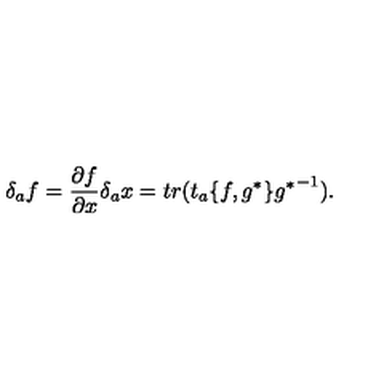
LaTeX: \delta _ { a } f = \frac { \partial f } { \partial x } \delta _ { a } x = t r ( t _ { a } \{ f , g ^ { * } \} { g ^ { * } } ^ { - 1 } ) .